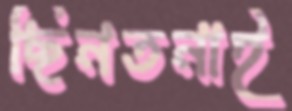
ছিনতনাই